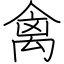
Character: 禽